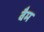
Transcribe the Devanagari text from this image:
वैम